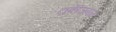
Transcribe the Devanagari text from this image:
टाकीजवळ